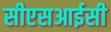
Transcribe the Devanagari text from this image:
सीएसआईसी